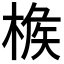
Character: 𣔹